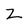
Character: z